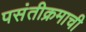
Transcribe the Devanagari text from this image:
पसंतीक्रमाची